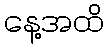
နေ့အထိ